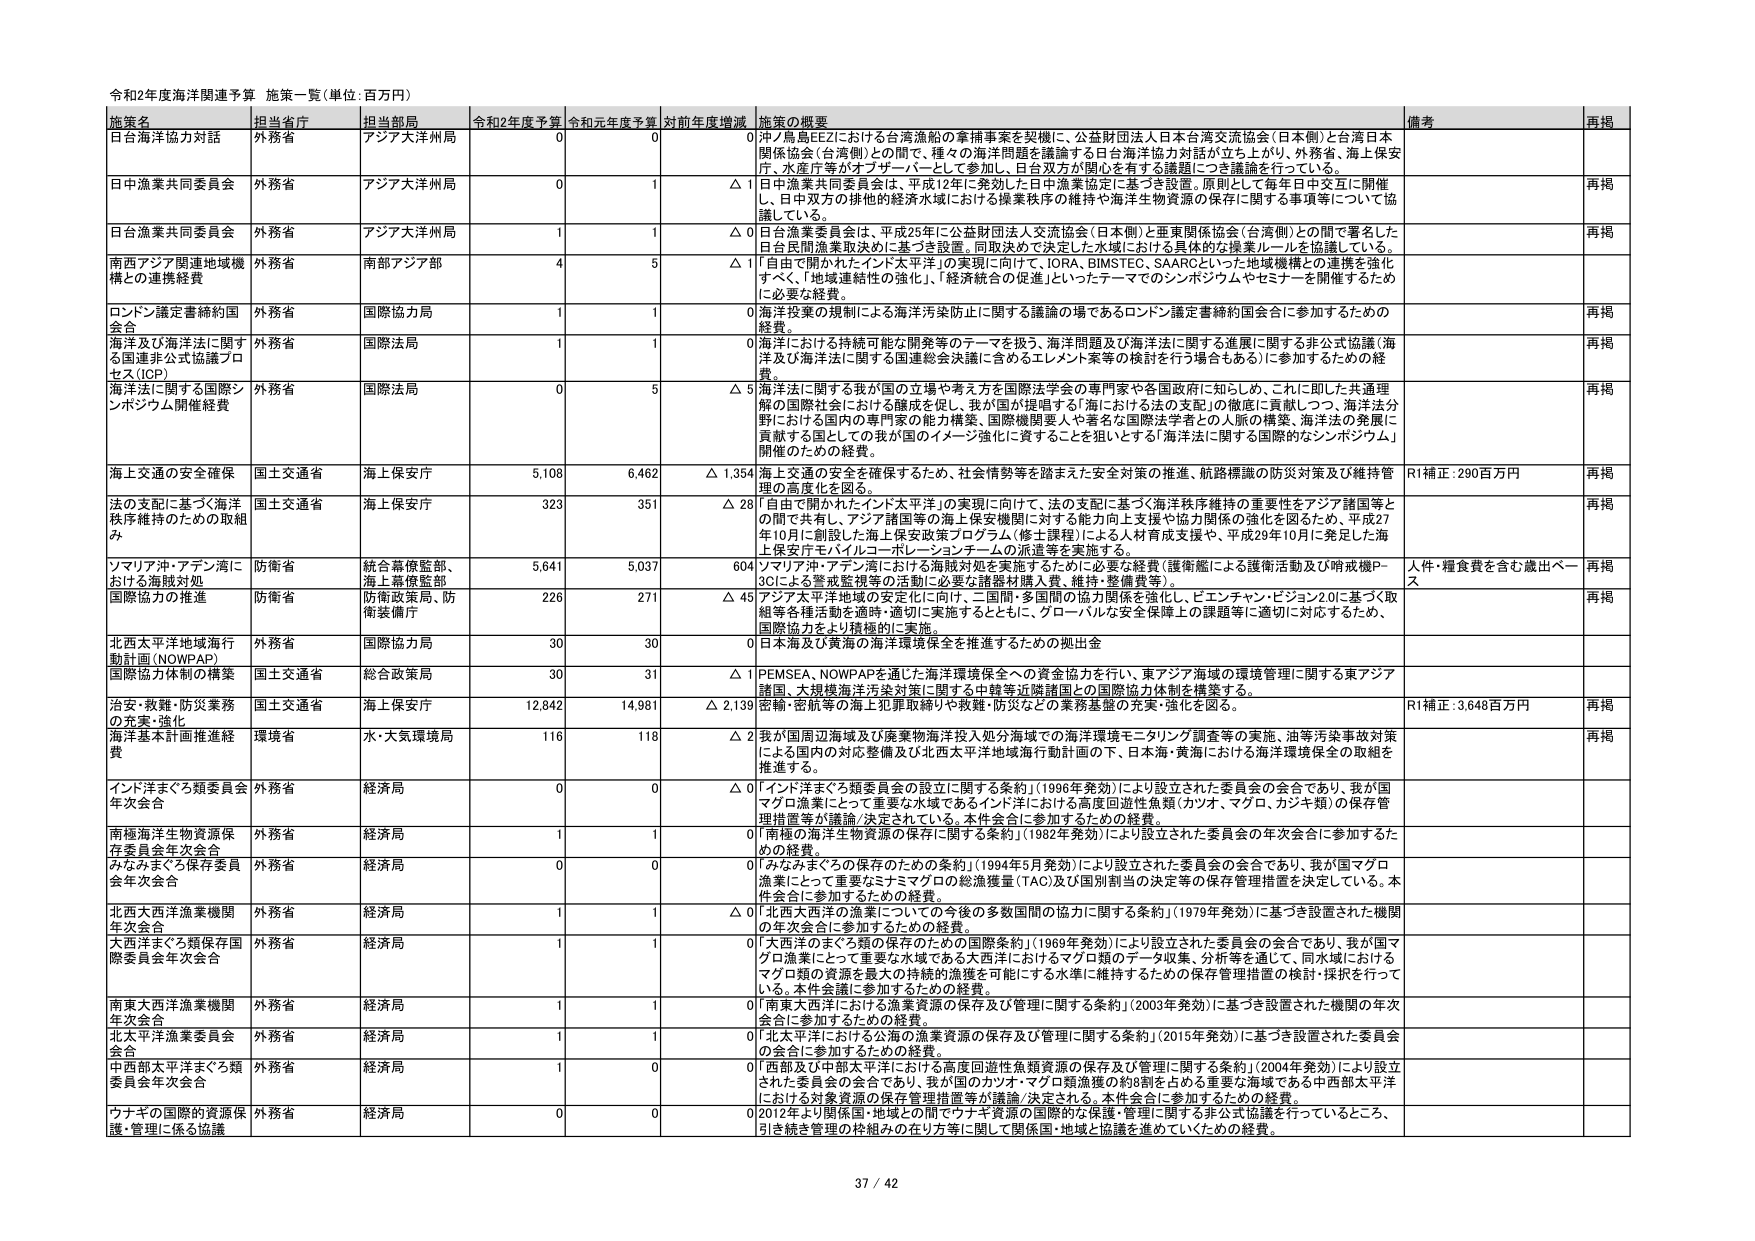
令和2年度海洋関連予算 施策一覧（単位：百万円）

施策名 担当省庁 担当局 令和2年度予算 令和元年度予算 対前年度増減 施策の概要 備考 再掲

日台海洋協力対話 外務省 アジア大洋州局 0 0 0 沖ノ島島EEZにおける台湾漁船の拿捕事案を契機に、公益財団法人日本台湾交流協会（日本側）と台湾日本関係協会（台湾側）との間で、種々の海洋問題を議論する日台海洋協力対話が立ち上がり、外務省、海上保安庁、水産庁等がオブザーバーとして参加し、日台双方が関心を有する課題につき議論を行っている。

日中漁業共同委員会 外務省 アジア大洋州局 0 1 △1 日中漁業共同委員会は、平成12年に発効した日中漁業協定に基づき設置。原則として毎年日中交互に開催し、日中双方の排他的経済水域における操業秩序の維持や海洋生物資源の保存に関する事項等について協議している。

日台漁業共同委員会 外務省 アジア大洋州局 1 1 △0 日台漁業委員会は、平成25年に公益財団法人交流協会（日本側）と亜東関係協会（台湾側）との間で署名した日台民間漁業取決めに基づき設置。同取決めで決定した水域における具体的な操業ルールを協議している。

南西アジア関連地域機 構との連携経費 外務省 南部アジア部 4 5 △1 「自由で開かれたインド太平洋」の実現に向けて、IORA、BIMSTEC、SAARCといった地域機構との連携を強化すべく、「地域連続性の強化」、「経済統合の促進」といったテーマでのシンポジウムやセミナーを開催するための必要な経費。

ロンドン議定書締約国会合 外務省 国際協力局 1 1 0 海洋投棄の規制による海洋汚染防止に関する議論の場であるロンドン議定書締約国会合に参加するための経費。

海洋及び海洋法に関する国連非公式協議プロセス（ICP） 外務省 国際法局 1 1 0 海洋における持続可能な開発等のテーマを扱う、海洋問題及び海洋法に関する進展に関する非公式協議（海洋及び海洋法に関する国連総会決議に含めるエレメント案等の検討を行う場合もある）に参加するための経費。

海洋法に関する国際シンポジウム開催経費 外務省 国際法局 0 5 △5 海洋法に関する我が国の立場や考え方を国際法学会の専門家や各国政府に知らしめ、これに即した共通理解の国際社会における醸成を促し、我が国が提唱する「海における法の支配」の徹底に貢献しつつ、海洋法分野における国内の専門家の能力構築、国際機関要人や著名な国際法学者との人脈の構築、海洋法の発展に貢献する国としての我が国のイメージ強化に資することを狙いとする「海洋法に関する国際的なシンポジウム」開催のための経費。

海上交通の安全確保 国土交通省 海上保安庁 5,108 6,462 △1,354 海上交通の安全を確保するため、社会情勢等を踏まえた安全対策の推進、航路標識の防災対策及び維持管理の高度化を図る。 R1補正：290百万円 再掲

法の支配に基づく海洋秩序維持のための取組み 国土交通省 海上保安庁 323 351 △28 「自由で開かれたインド太平洋」の実現に向けて、法の支配に基づく海洋秩序維持の重要性をアジア諸国等との間で共有し、アジア諸国等の海上保安機関に対する能力向上支援や協力関係の強化を図るため、平成27年10月に創設した海上保安政策プログラム（修士課程）による人材育成支援や、平成29年10月に発足した海洋安全庁モバイルコーポレーションチームの派遣等を実施する。

ソマリア沖・アデン湾における海賊対処 防衛省 統合幕僚監部、海上幕僚監部 5,641 5,037 604 ソマリア沖・アデン湾における海賊対処を実施するために必要な経費（護衛艦による護衛活動及び哨戒機P-3Cによる警戒監視等の活動に必要な諸器材購入費、維持・整備費等）。 人件・糧食費を含む歳出ベース 再掲

国際協力の推進 防衛省 防衛政策局、防衛装備庁 226 271 △45 アジア太平洋地域の安定化に向け、二国間・多国間の協力関係を強化し、ピエンチャン・ビジョン2.0に基づく取組等各種活動を適時・適切に実施するとともに、グローバルな安全保障上の課題等に適切に対応するため、国際協力をより積極的に実施。

北西太平洋海域海行動計画（NOWPAP） 外務省 国際協力局 30 30 0 日本海及び黄海の海洋環境保全を推進するための拠出金

国際協力体制の構築 国土交通省 総合政策局 30 31 △1 PEMSEA、NOWPAPを通じた海洋環境保全への資金協力を行い、東アジア海域の環境管理に関する東アジア諸国、大規模海洋汚染対策に関する中韓等近隣諸国との国際協力体制を構築する。

治安・救難・防災業務の充実・強化 国土交通省 海上保安庁 12,842 14,981 △2,139 密輸・密航等の海上犯罪取締りや救難・防災などの業務基盤の充実・強化を図る。 R1補正：3,648百万円 再掲

海洋基本計画推進経費 環境省 水・大気環境局 116 118 △2 我が国周辺海域及び廃棄物海洋投入処分海域での海洋環境モニタリング調査等の実施、油等汚染事故対策による国内の対応整備及び北西太平洋地域海行動計画の下、日本海・黄海における海洋環境保全の取組を推進する。 再掲

インド洋まぐろ類委員会年次会合 外務省 経済局 0 0 △0 「インド洋まぐろ類委員会の設立に関する条約」（1996年発効）により設立された委員会の会合であり、我が国マグロ漁業にとって重要な水域であるインド洋における高度回遊性魚類（カツオ、マグロ、カジキ類）の保存管理措置等が議論/決定されている。本件会合に参加するための経費。

南極海洋生物資源保存委員会年次会合 外務省 経済局 1 1 0 「南極の海洋生物資源の保存に関する条約」（1982年発効）により設立された委員会の年次会合に参加するための経費。

みなみまぐろ保存委員会年次会合 外務省 経済局 0 0 0 「みなみまぐろの保存のための条約」（1994年5月発効）により設立された委員会の会合であり、我が国マグロ漁業にとって重要なミナミマグロの総漁獲量（TAC）及び個別割当の決定等の保存管理措置を決定している。本件会合に参加するための経費。

北西大西洋漁業機関年次会合 外務省 経済局 1 1 △0 「北西大西洋の漁業についての今後の多数国間の協力に関する条約」（1979年発効）に基づき設置された機関の年次会合に参加するための経費。

大西洋のまぐろ類保存国際委員会年次会合 外務省 経済局 1 1 0 「大西洋のまぐろ類の保存のための国際条約」（1969年発効）により設立された委員会の会合であり、我が国マグロ漁業にとって重要な水域である大西洋におけるマグロ類のデータ収集、分析等を通じて、同水域におけるマグロ類の資源を最大の持続的漁獲を可能にする水準に維持するための保存管理措置の検討・採択を行っている。本件会合に参加するための経費。

南東大西洋漁業機関年次会合 外務省 経済局 1 1 0 「南東大西洋における漁業資源の保存及び管理に関する条約」（2003年発効）に基づき設置された機関の年次会合に参加するための経費。

北太平洋漁業委員会会合 外務省 経済局 1 1 0 「北太平洋における公海の漁業資源の保存及び管理に関する条約」（2015年発効）に基づき設置された委員会の会合に参加するための経費。

中部部太平洋まぐろ類委員会年次会合 外務省 経済局 1 0 0 「西部及び中部太平洋における高度回遊性魚類資源の保存及び管理に関する条約」（2004年発効）により設立された委員会の会合であり、我が国のカツオ・マグロ類漁獲の約8割を占める重要な海域である中部部太平洋における対象資源の保存管理措置等が議論/決定される。本件会合に参加するための経費。

ワナキの国際的資源保護・管理に係る協議 外務省 経済局 0 0 0 2012年より国際国・地域との間でワナキ資源の国際的な保護・管理に関する非公式協議を行っているところ、引き続き管理の枠組みの在り方等に関して関係国・地域と協議を進めていくための経費。

37 / 42